Report of an investigation into the causes of the diseases known in Assam as Kála-Azár and Beri-Beri
Disease focus: Beri-Beri
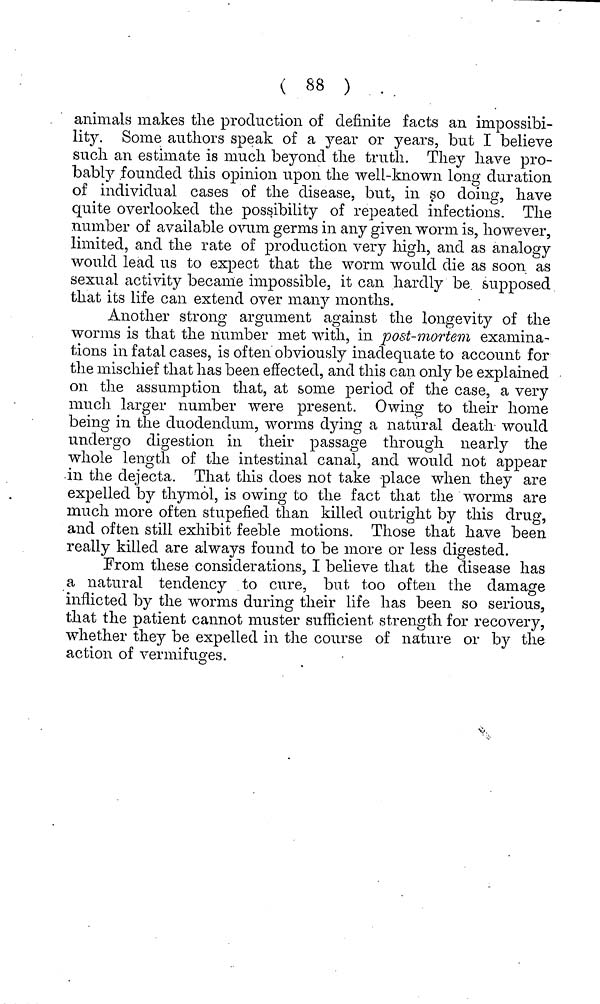
( 88 )
animals makes the production of definite facts an impossibi-
lity. Some authors speak of a year or years, but I believe
such an estimate is much beyond the truth. They have pro-
bably founded this opinion upon the well-known long duration
of individual cases of the disease, but, in so doing, have
quite overlooked the possibility of repeated infections. The
number of available ovum germs in any given worm is, however,
limited, and the rate of production very high, and as analogy
would lead us to expect that the worm would die as soon as
sexual activity became impossible, it can hardly be supposed
that its life can extend over many months.
Another strong argument against the longevity of the
worms is that the number met with, in post-mortem examina-
tions in fatal cases, is often obviously inadequate to account for
the mischief that has been effected, and this can only be explained
on the assumption that, at some period of the case, a very
much larger number were present. Owing to their home
being in the duodendum, worms dying a natural death would
undergo digestion in their passage through nearly the
whole length of the intestinal canal, and would not appear
in the dejecta. That this does not take place when they are
expelled by thymol, is owing to the fact that the worms are
much more often stupefied than killed outright by this drug,
and often still exhibit feeble motions. Those that have been
really killed are always found to be more or less digested.
From these considerations, I believe that the disease has
a natural tendency to cure, but too often the damage
inflicted by the worms during their life has been so serious,
that the patient cannot muster sufficient strength for recovery,
whether they be expelled in the course of nature or by the
action, of vermifuges.